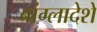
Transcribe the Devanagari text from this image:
बांग्लादेशे